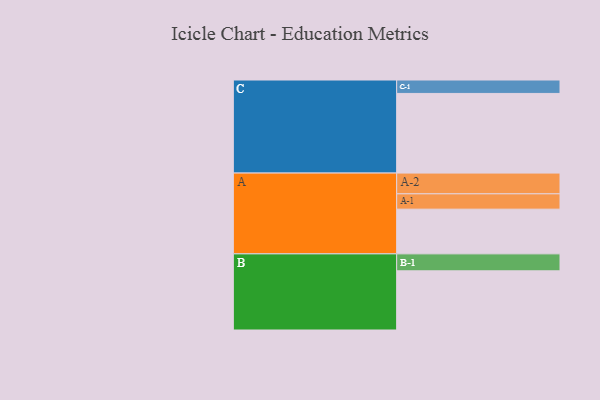
{"axis": {"x": "Segment", "y": "Value"}, "legend": ["", "A", "B", "C"], "data": [{"x": "A", "y": 306, "type": ""}, {"x": "B", "y": 405, "type": ""}, {"x": "C", "y": 545, "type": ""}, {"x": "A-1", "y": 105, "type": "A"}, {"x": "A-2", "y": 142, "type": "A"}, {"x": "B-1", "y": 116, "type": "B"}, {"x": "C-1", "y": 92, "type": "C"}]}